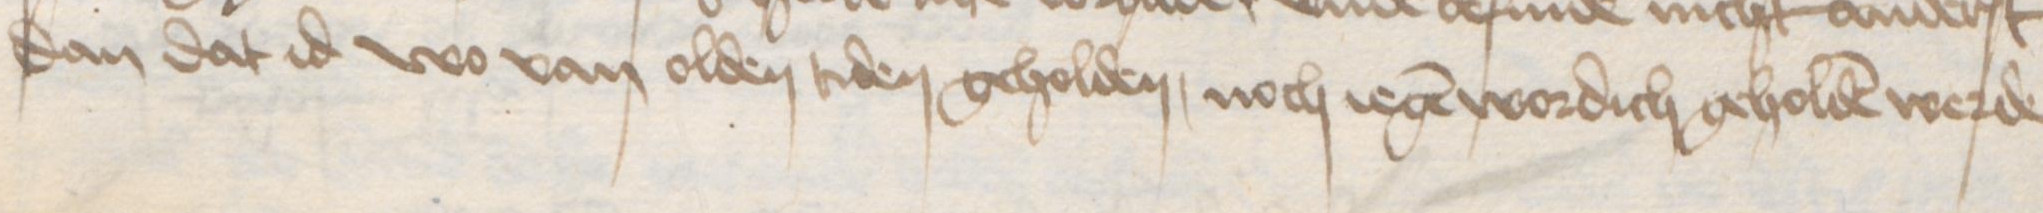
Transcription: dan dat id wo van olden tiden geholden, noch iegen wordich geholden werde